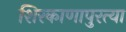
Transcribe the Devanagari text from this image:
शिरकाणापुरत्या